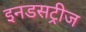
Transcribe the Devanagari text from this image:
इनडसट्रीज